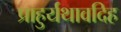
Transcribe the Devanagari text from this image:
प्राहुर्यथावदिह